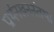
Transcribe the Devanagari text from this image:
प्रार्थनखननंतथा